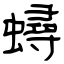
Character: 蟳